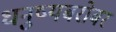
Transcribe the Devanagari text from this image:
धनुष्यबरोबर